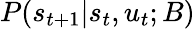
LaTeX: P(s_{t+1}|s_{t},u_{t};B)